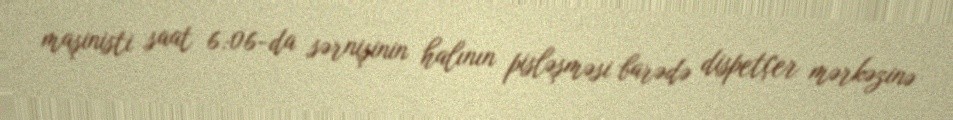
maşinisti saat 6:06-da sərnişinin halının pisləşməsi barədə dispetçer mərkəzinə